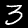
Label: 3